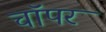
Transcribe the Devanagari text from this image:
चाॅपर